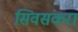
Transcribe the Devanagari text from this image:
सिवसंकरा